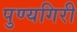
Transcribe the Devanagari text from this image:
पुण्यगिरी